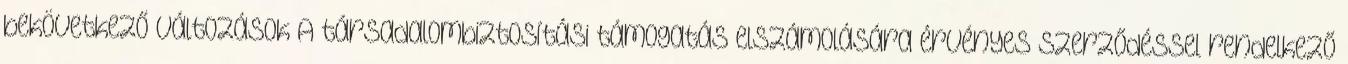
bekövetkező változások A társadalombiztosítási támogatás elszámolására érvényes szerződéssel rendelkező